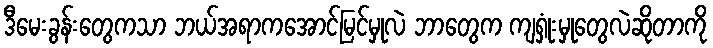
ဒီမေးခွန်းတွေကသာ ဘယ်အရာကအောင်မြင်မှုလဲ ဘာတွေက ကျရှုံးမှုတွေလဲဆိုတာကို